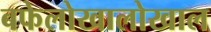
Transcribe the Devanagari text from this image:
बफेलोखालोखाल